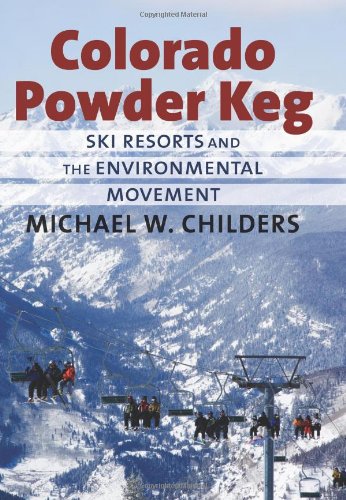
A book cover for Colorado Powder Keg: Ski Resorts and the Environmental Movement; Michael W. Childers; Sports & Outdoors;